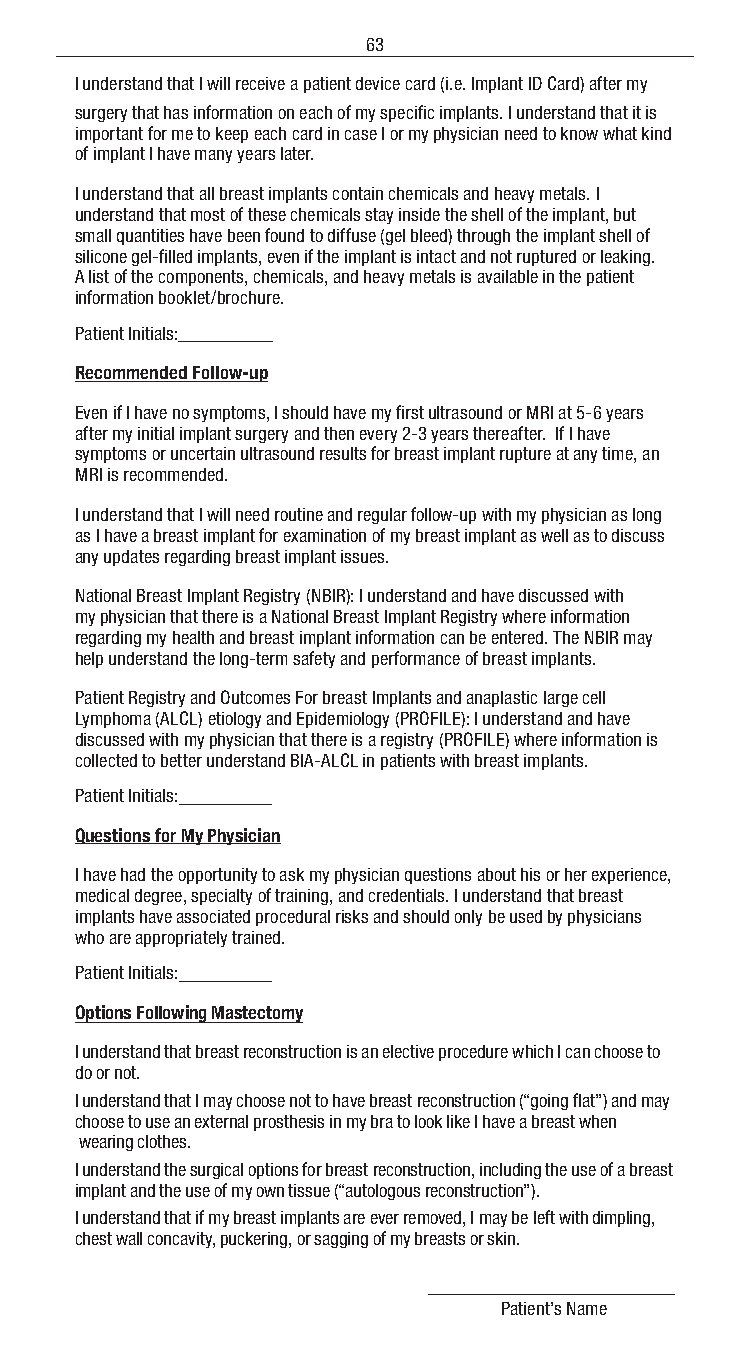
63
 I understand that I will receive a patient device card (i.e. Implant ID Card) after my
 surgery that has information on each of my specific implants. I understand that it is
 important for me to keep each card in case I or my physician need to know what kind
 of implant I have many years later.
 I understand that all breast implants contain chemicals and heavy metals. I
 understand that most of these chemicals stay inside the shell of the implant, but
 small quantities have been found to diffuse (gel bleed) through the implant shell of
 silicone gel-filled implants, even if the implant is intact and not ruptured or leaking.
 A list of the components, chemicals, and heavy metals is available in the patient
 information booklet/brochure.
 Patient Initials:
 Recommended Follow-up
 Even if I have no symptoms, I should have my first ultrasound or MRI at 5-6 years
 after my initial implant surgery and then every 2-3 years thereafter. If I have
 symptoms or uncertain ultrasound results for breast implant rupture at any time, an
 MRI is recommended.
 I understand that I will need routine and regular follow-up with my physician as long
 as I have a breast implant for examination of my breast implant as well as to discuss
 any updates regarding breast implant issues.
 National Breast Implant Registry (NBIR): I understand and have discussed with
 my physician that there is a National Breast Implant Registry where information
 regarding my health and breast implant information can be entered. The NBIR may
 help understand the long-term safety and performance of breast implants.
 Patient Registry and Outcomes For breast Implants and anaplastic large cell
 Lymphoma (ALCL) etiology and Epidemiology (PROFILE): I understand and have
 discussed with my physician that there is a registry (PROFILE) where information is
 collected to better understand BIA-ALCL in patients with breast implants.
 Patient Initials:
 Questions for My Physician
 I have had the opportunity to ask my physician questions about his or her experience,
 medical degree, specialty of training, and credentials. I understand that breast
 implants have associated procedural risks and should only be used by physicians
 who are appropriately trained.
 Patient Initials:
 Options Following Mastectomy
 I understand that breast reconstruction is an elective procedure which I can choose to
 do or not.
 I understand that I may choose not to have breast reconstruction (“going flat”) and may
 choose to use an external prosthesis in my bra to look like I have a breast when
 wearing clothes.
 I understand the surgical options for breast reconstruction, including the use of a breast
 implant and the use of my own tissue (“autologous reconstruction”).
 I understand that if my breast implants are ever removed, I may be left with dimpling,
 chest wall concavity, puckering, or sagging of my breasts or skin.
 Patient’s Name